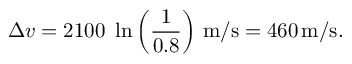
\Delta { v } = 2 1 0 0 \ \ln \left( { \frac { 1 } { 0 . 8 } } \right) \, { \mathrm { m / s } } = 4 6 0 \, { \mathrm { m / s } } .